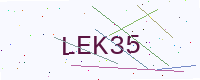
Text: LEK35